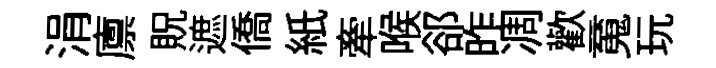
涓廪貺遮僑紙牽喉郤昨凋歡䰟玩